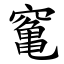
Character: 䆴